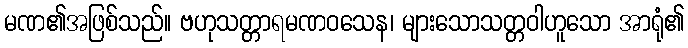
မဏ၏အဖြစ်သည်။ ဗဟုသတ္တာရမဏဝသေန၊ များသောသတ္တဝါဟူသော အာရုံ၏